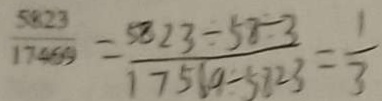
\frac { 5 8 2 3 } { 1 7 4 6 9 } = \frac { 5 8 2 3 \div 5 8 \div 3 } { 1 7 5 6 9 \div 5 8 2 3 } = \frac { 1 } { 3 }